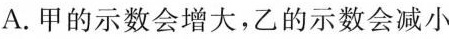
A. 甲的示数会增大，乙的示数会减小